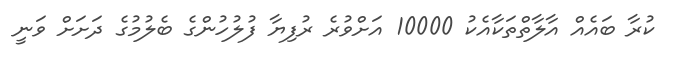
ކުރާ ބައެއް އާލާތްތަކާއެކު 10000 އަށްވުރެ ރުފިޔާ ފުލުހުންގެ ބެލުމުގެ ދަށަށް ވަނީ